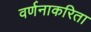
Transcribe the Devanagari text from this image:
वर्णनाकरिता